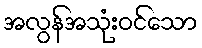
အလွန်အသုံးဝင်သော